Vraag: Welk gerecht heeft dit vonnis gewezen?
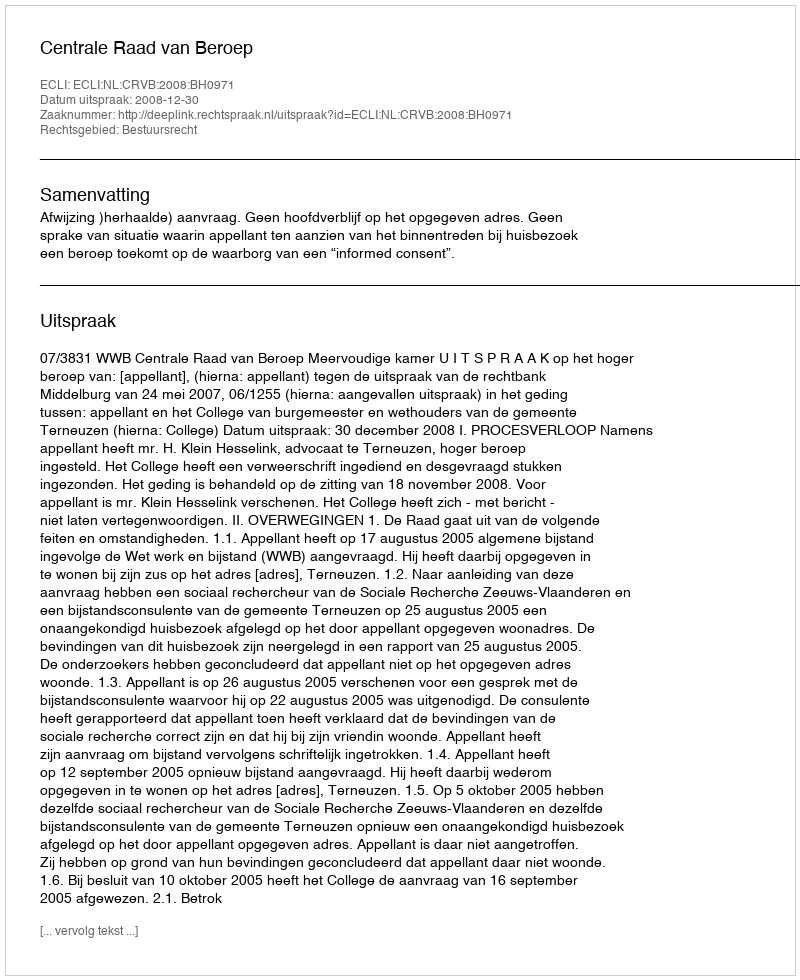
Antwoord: Centrale Raad van Beroep